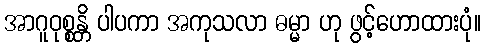
အာဂူဝုစ္စန္တိ ပါပကာ အကုသလာ ဓမ္မာ ဟု ဖွင့်ဟောထားပုံ။